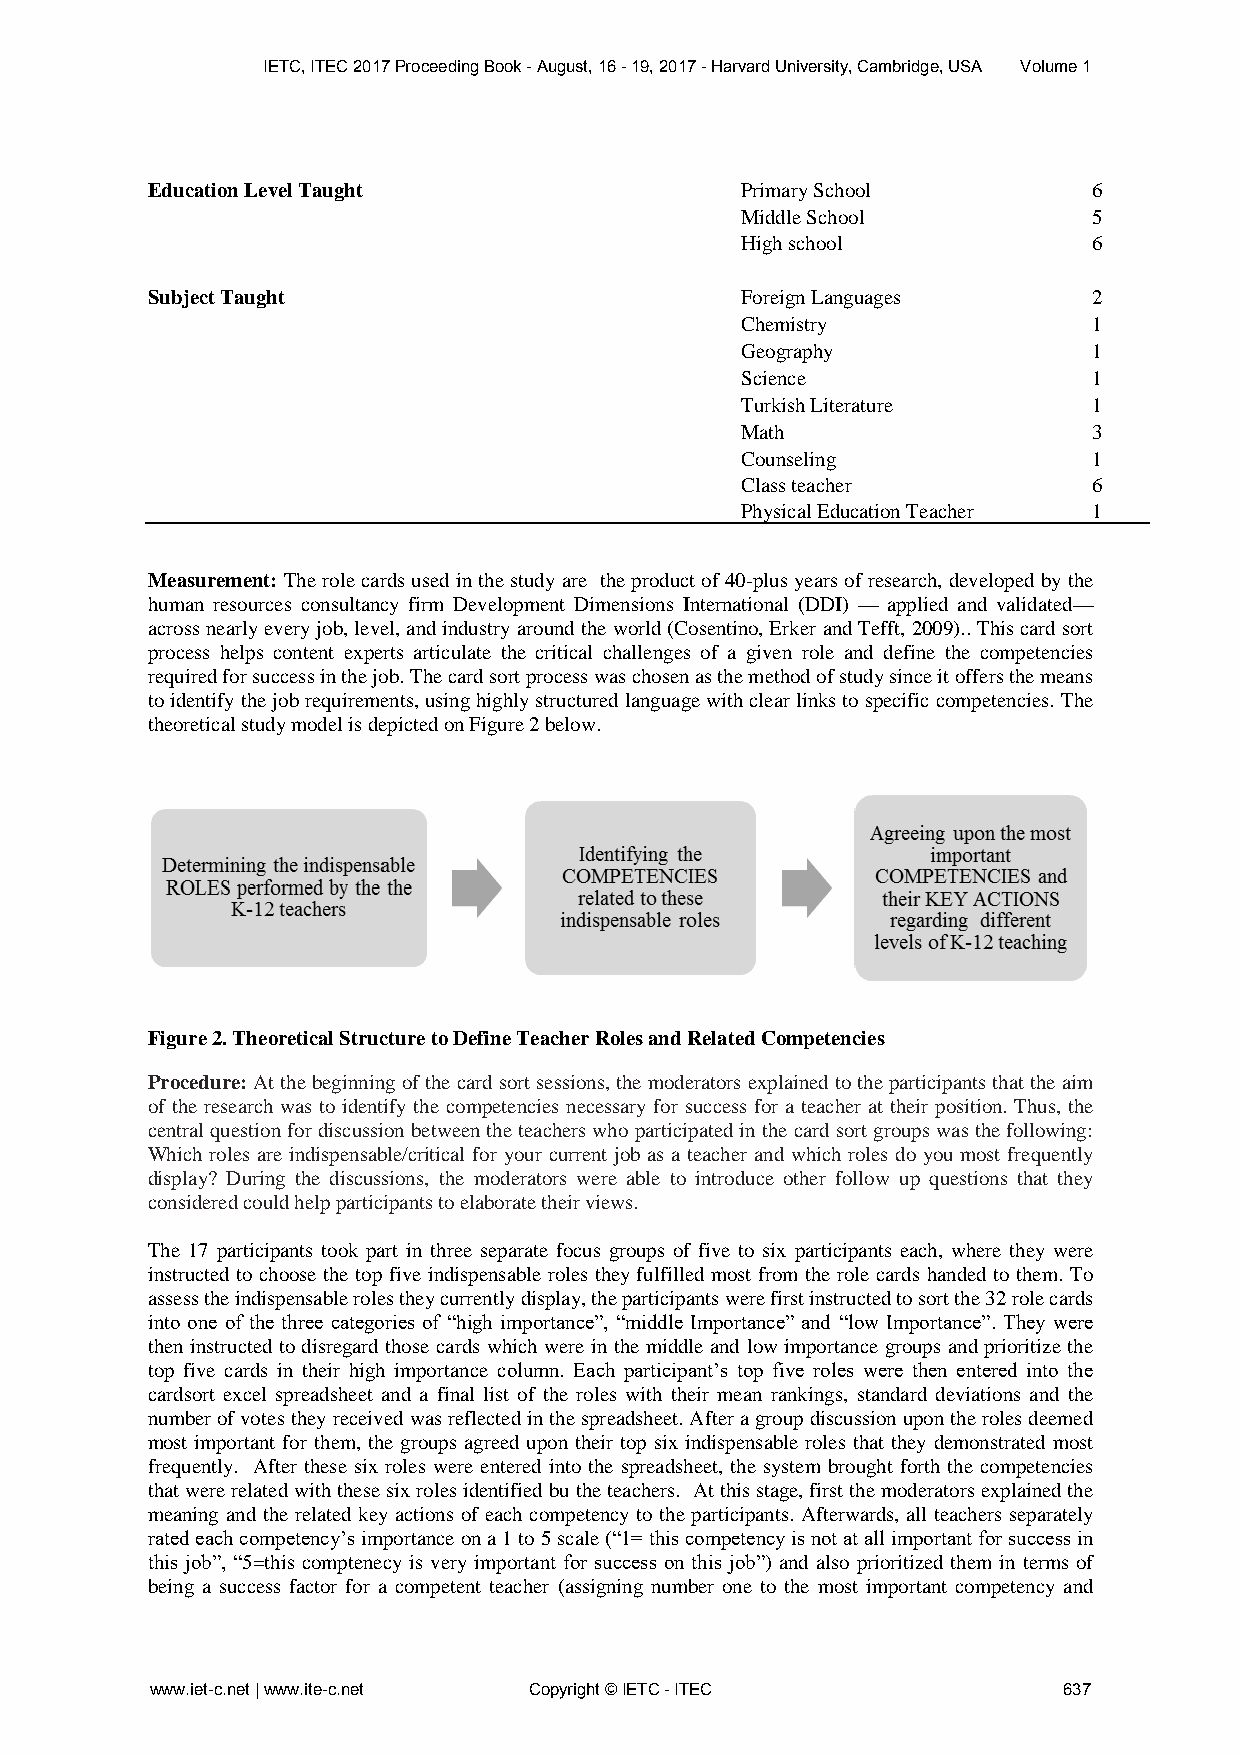
IETC, ITEC 2017 Proceeding Book - August, 16 - 19, 2017 - Harvard University, Cambridge, USA Volume 1
 Education Level Taught                 Primary School         6
 Middle School          5
 High school            6
 Subject Taught                         Foreign Languages      2
 Chemistry              1
 Geography              1
 Science                1
 Turkish Literature     1
 Math                   3
 Counseling             1
 Class teacher          6
 Physical Education Teacher 1
 Measurement: The role cards used in the study are the product of 40-plus years of research, developed by the
 human resources consultancy firm Development Dimensions International (DDI) — applied and validated—
 across nearly every job, level, and industry around the world (Cosentino, Erker and Tefft, 2009).. This card sort
 process helps content experts articulate the critical challenges of a given role and define the competencies
 required for success in the job. The card sort process was chosen as the method of study since it offers the means
 to identify the job requirements, using highly structured language with clear links to specific competencies. The
 theoretical study model is depicted on Figure 2 below.
 Figure 2. Theoretical Structure to Define Teacher Roles and Related Competencies
 Procedure: At the beginning of the card sort sessions, the moderators explained to the participants that the aim
 of the research was to identify the competencies necessary for success for a teacher at their position. Thus, the
 central question for discussion between the teachers who participated in the card sort groups was the following:
 Which roles are indispensable/critical for your current job as a teacher and which roles do you most frequently
 display? During the discussions, the moderators were able to introduce other follow up questions that they
 considered could help participants to elaborate their views.
 The 17 participants took part in three separate focus groups of five to six participants each, where they were
 instructed to choose the top five indispensable roles they fulfilled most from the role cards handed to them. To
 assess the indispensable roles they currently display, the participants were first instructed to sort the 32 role cards
 into one of the three categories of “high importance”, “middle Importance” and “low Importance”. They were
 then instructed to disregard those cards which were in the middle and low importance groups and prioritize the
 top five cards in their high importance column. Each participant’s top five roles were then entered into the
 cardsort excel spreadsheet and a final list of the roles with their mean rankings, standard deviations and the
 number of votes they received was reflected in the spreadsheet. After a group discussion upon the roles deemed
 most important for them, the groups agreed upon their top six indispensable roles that they demonstrated most
 frequently. After these six roles were entered into the spreadsheet, the system brought forth the competencies
 that were related with these six roles identified bu the teachers. At this stage, first the moderators explained the
 meaning and the related key actions of each competency to the participants. Afterwards, all teachers separately
 rated each competency’s importance on a 1 to 5 scale (“1= this competency is not at all important for success in
 this job”, “5=this comptenecy is very important for success on this job”) and also prioritized them in terms of
 being a success factor for a competent teacher (assigning number one to the most important competency and
 www.iet-c.net | www.ite-c.net Copyright © IETC - ITEC       637